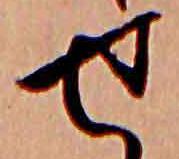
せ